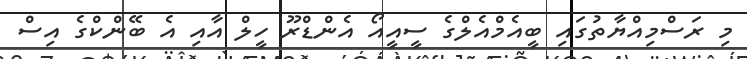
މި ރަސްމިއްޔާތުގައި ބީއެމްއެލްގެ ސީއީއޯ އެންޑްރޫ ހީލް އާއި އެ ބޭންކްގެ އިސް